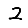
Digit: 2